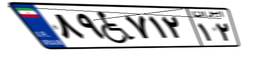
۸۹W۷۱۲۱۲